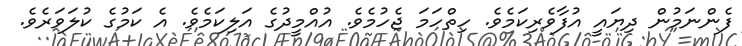
ފެންނަމުން ދިޔައީ އުފާވެރިކަމެވެ. ހިތްހަމަ ޖެހުމެވެ. އުއްމީދުގެ އަލިކަމެވެ. އެ ކަމުގެ ކުލަވަރެވެ.